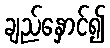
ချည်နှောင်၍